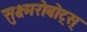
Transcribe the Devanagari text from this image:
सुक्ष्मरोबोट्स्